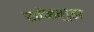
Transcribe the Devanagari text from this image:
सदेहगुहा